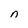
Character: n